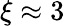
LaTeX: \xi\approx 3